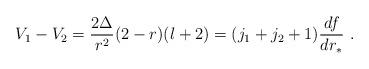
LaTeX: \begin{align*}V_1-V_2= \frac{2 \Delta}{r^2} (2-r) (l+2)= (j_1+j_2+1)\frac{df}{dr_*} \ .\end{align*}